Vaccination in Bombay 1869-1873 - 1869-1873
Year: 1869
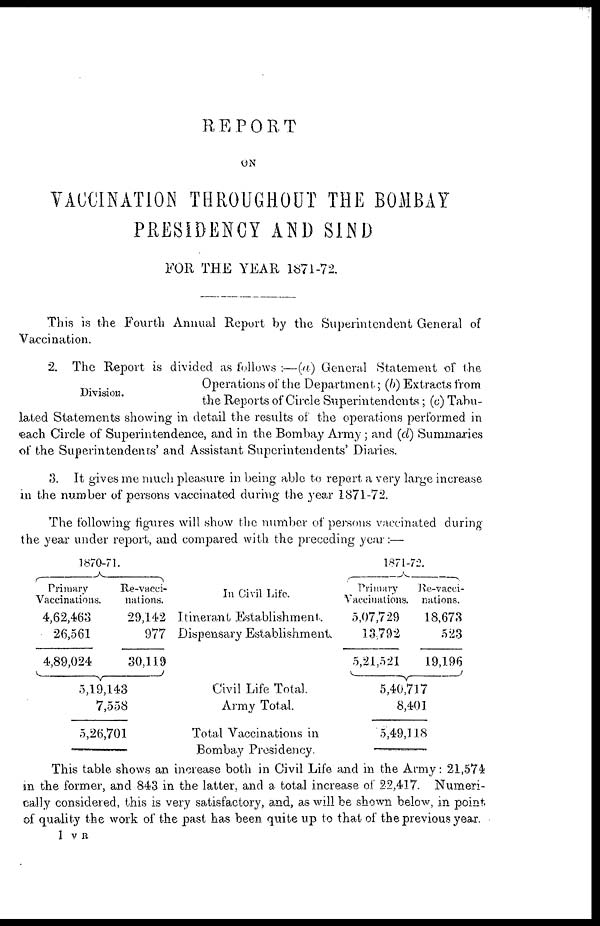
REPORT
ON
VACCINATION THROUGHOUT THE BOMBAY
PRESIDENCY AND SIND
FOR THE YEAR 1871-72.
This is the Fourth Annual Report by the Superintendent General of
Vaccination.
Division.
2. The Report is divided as follows :—(a) General Statement of the
Operations of the Department; (b) Extracts from
the Reports of Circle Superintendents ; (c) Tabu-
lated Statements showing in detail the results of the operations performed in
each Circle of Superintendence, and in the Bombay Army; and (d) Summaries
of the Superintendents' and Assistant Superintendents' Diaries.
3. It gives me much pleasure in being able to report a very large increase
in the number of persons vaccinated during the year 1871-72.
The following figures will show the number of persons vaccinated during
the year under report, and compared with the preceding year:—
1870-71.
Primary
Vaccinations.
4,62,463
26,561
4,89,024
Re-vacci-
nations.
29,142
977
30,119
5,19,143
7,558
5,26,701
In Civil Life.
Itinerant Establishment.
Dispensary Establishment.
Civil Life Total.
Army Total.
Total Vaccinations in
Bombay Presidency.
1871-72.
Primary
Vaccinations.
5,07,729
13,792
5,21,521
Re-vacci-
nations.
18,673
523
19,196
5,40,717
8,401
5,49,118
This table shows an increase both in Civil Life and in the Army: 21,574
in the former, and 843 in the latter, and a total increase of 22,417. Numeri-
cally considered, this is very satisfactory, and, as will be shown below, in point
of quality the work of the past has been quite up to that of the previous year.
1 V R